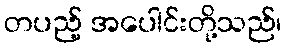
တပည့် အပေါင်းတို့သည်၊